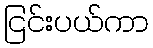
ငြင်းပယ်ကာ